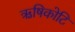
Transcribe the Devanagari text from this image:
ऋषिकोटि